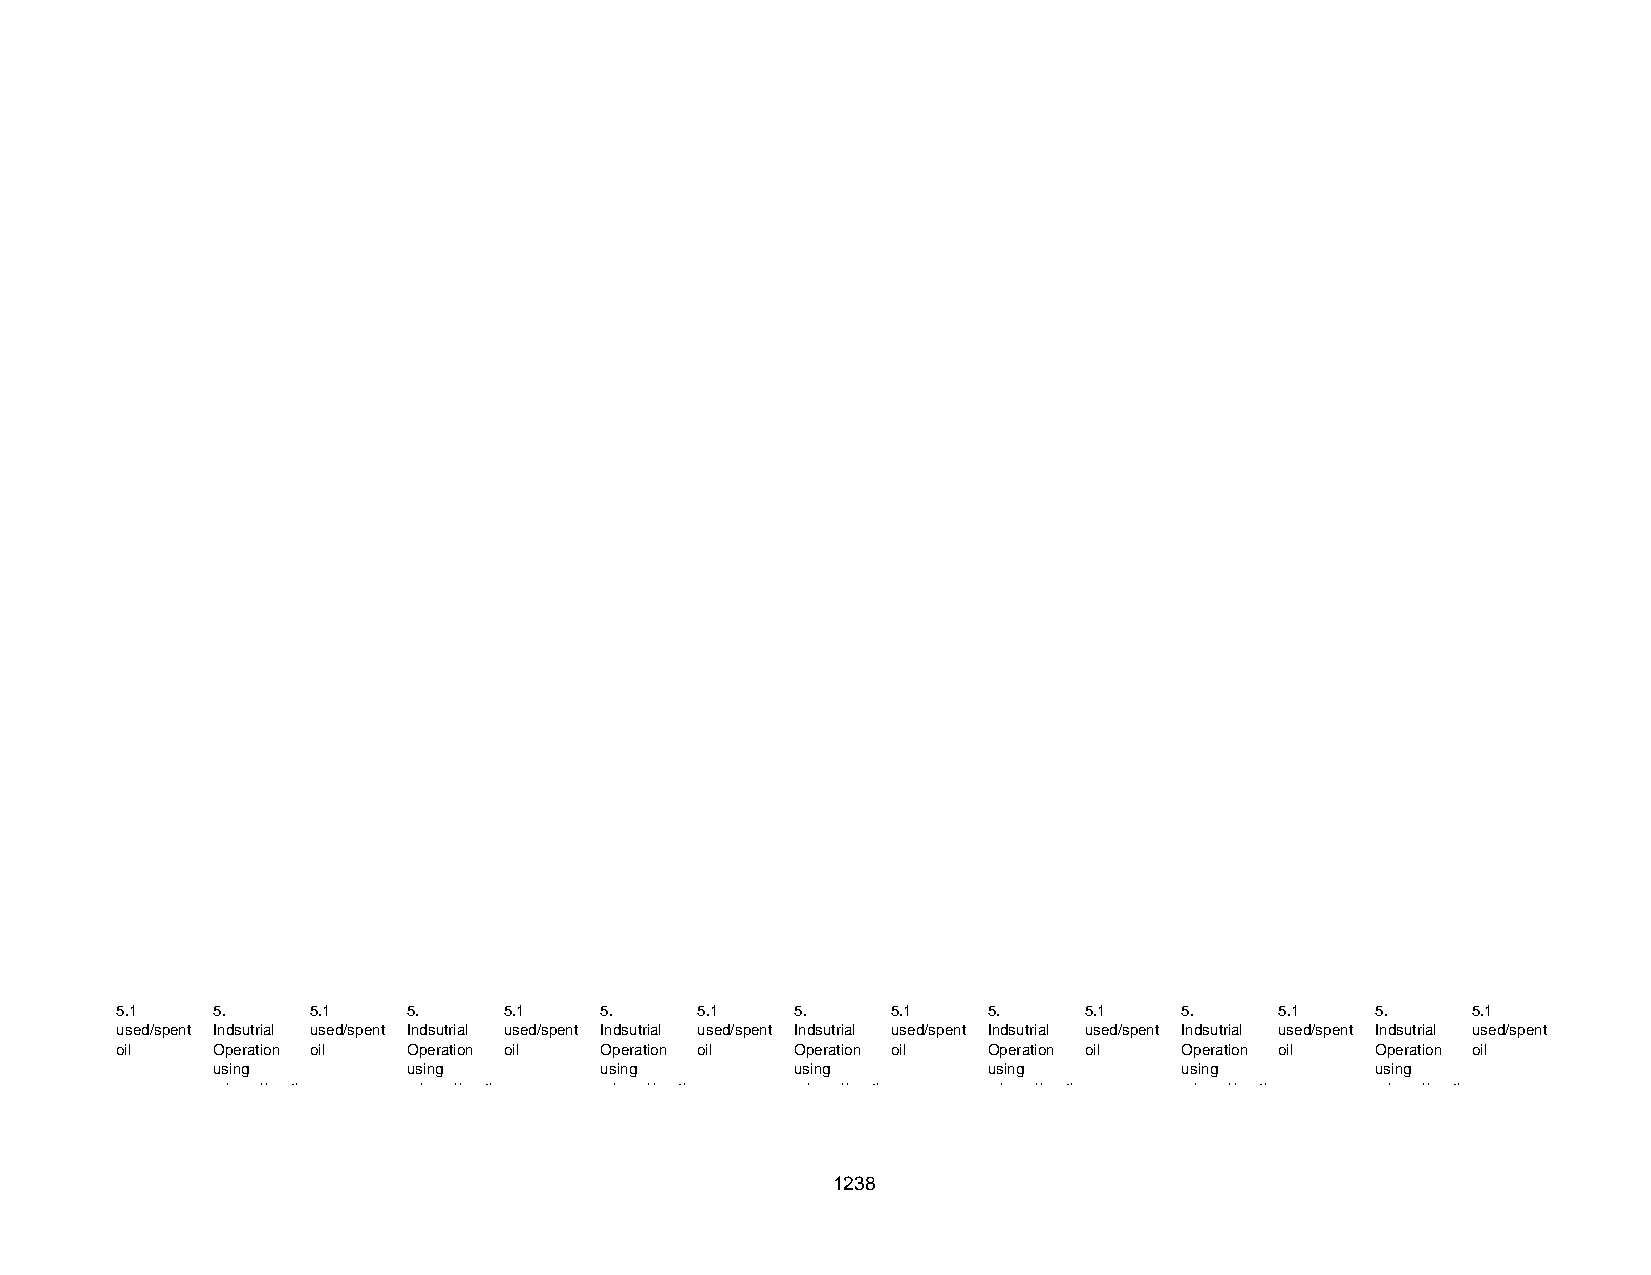
5.1   5 .    5 . 1 5 .   5 . 1  5 .   5 . 1  5 .   5 . 1 5 .    5 . 1 5 .    5 . 1 5 .   5 . 1
 used/spent Indsutrial used/spent Indsutrial used/spent Indsutrial used/spent Indsutrial used/spent Indsutrial used/spent Indsutrial used/spent Indsutrial used/spent
 oil   Operation oil Operation oil Operation oil Operation oil Operation oil Operation oil Operation oil
 using        using        using        using       using        using        using
 mineral/synth mineral/synth mineral/synth mineral/synth mineral/synth mineral/synth mineral/synth
 1238